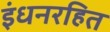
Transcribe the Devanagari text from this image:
इंधनरहित